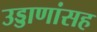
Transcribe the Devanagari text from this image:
उड्डाणांसह